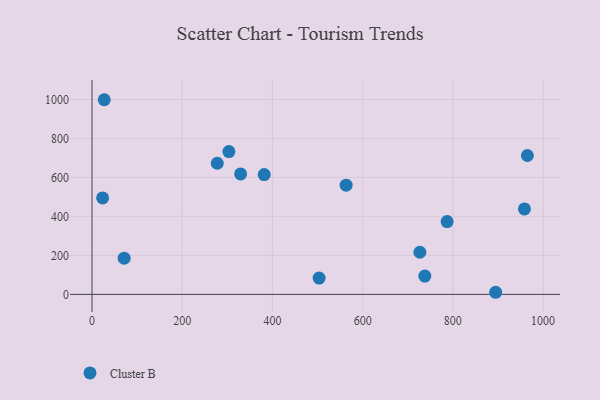
{"axis": {"x": "Investment", "y": "Profit"}, "legend": ["Cluster B"], "data": [{"x": "277.7", "y": 673.1, "type": "Cluster B"}, {"x": "563.4", "y": 560.4, "type": "Cluster B"}, {"x": "381.8", "y": 615.0, "type": "Cluster B"}, {"x": "23.6", "y": 494.9, "type": "Cluster B"}, {"x": "726.9", "y": 216.2, "type": "Cluster B"}, {"x": "71.3", "y": 185.5, "type": "Cluster B"}, {"x": "303.5", "y": 732.8, "type": "Cluster B"}, {"x": "894.9", "y": 10.7, "type": "Cluster B"}, {"x": "787.3", "y": 373.6, "type": "Cluster B"}, {"x": "329.5", "y": 618.3, "type": "Cluster B"}, {"x": "27.2", "y": 999.1, "type": "Cluster B"}, {"x": "958.7", "y": 438.4, "type": "Cluster B"}, {"x": "737.9", "y": 93.8, "type": "Cluster B"}, {"x": "503.5", "y": 83.7, "type": "Cluster B"}, {"x": "965.2", "y": 712.9, "type": "Cluster B"}]}